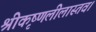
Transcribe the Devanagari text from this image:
श्रीकृष्णलीलास्तव।